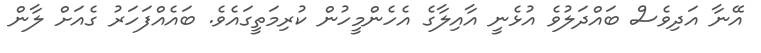
އޭނާ އަދިވެސް ބައްދަލުވެ އުޅެނީ އާއިލާގެ އެހެންމީހުން ކުރިމަތީގައެވެ. ބައެއްފަހަރު ގެއަށް ލާން